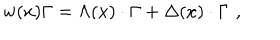
w ( x ) \Gamma = \Lambda ( x ) \cdot \Gamma + \Delta ( x ) \cdot \Gamma \, \, ,